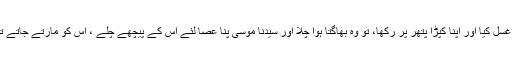
ایک بار انہوں نے کسی پانی کے مقام پر غسل کیا اور اپنا کپڑا پتھر پر رکھا، تو وہ بھاگتا ہوا چلا اور سیدنا موسیٰؑ پنا عصا لئے اس کے پیچھے چلے ، اس کو مارتے جاتے تھے اور فرماتے جاتے تھے کہ اے پتھر!